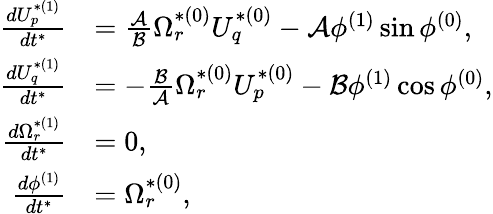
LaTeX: \begin{array}{rl}{\frac{dU_{p}^{*(1)}}{dt^{*}}}&{=\frac{\mathcal{A}}{\mathcal{B}}\Omega_{r}^{*(0)}U_{q}^{*(0)}-\mathcal{A}\phi^{(1)}\sin\phi^{(0)},}\\ {\frac{dU_{q}^{*(1)}}{dt^{*}}}&{=-\frac{\mathcal{B}}{\mathcal{A}}\Omega_{r}^{*(0)}U_{p}^{*(0)}-\mathcal{B}\phi^{(1)}\cos\phi^{(0)},}\\ {\frac{d\Omega_{r}^{*(1)}}{dt^{*}}}&{=0,}\\ {\frac{d\phi^{(1)}}{dt^{*}}}&{=\Omega_{r}^{*(0)},}\end{array}